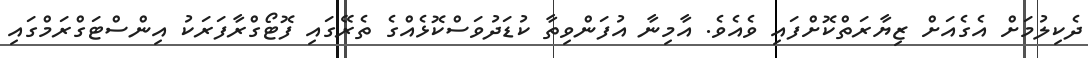
ދެކިލުމަށް އެގެއަށް ޒިޔާރަތްކޮށްފައި ވެއެވެ. އާމިނާ އުފަންވިތާ ކުޑަދުވަސްކޮޅެއްގެ ތެރޭގައި ފޮޓޯގްރާފަރަކު އިންސްޓަގްރަމްގައި